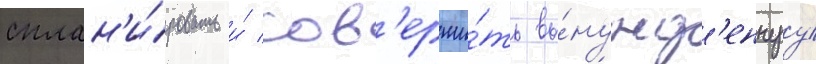
сплан'и́ровать и́ сов'ерши́ть вы́нужд'еннуу